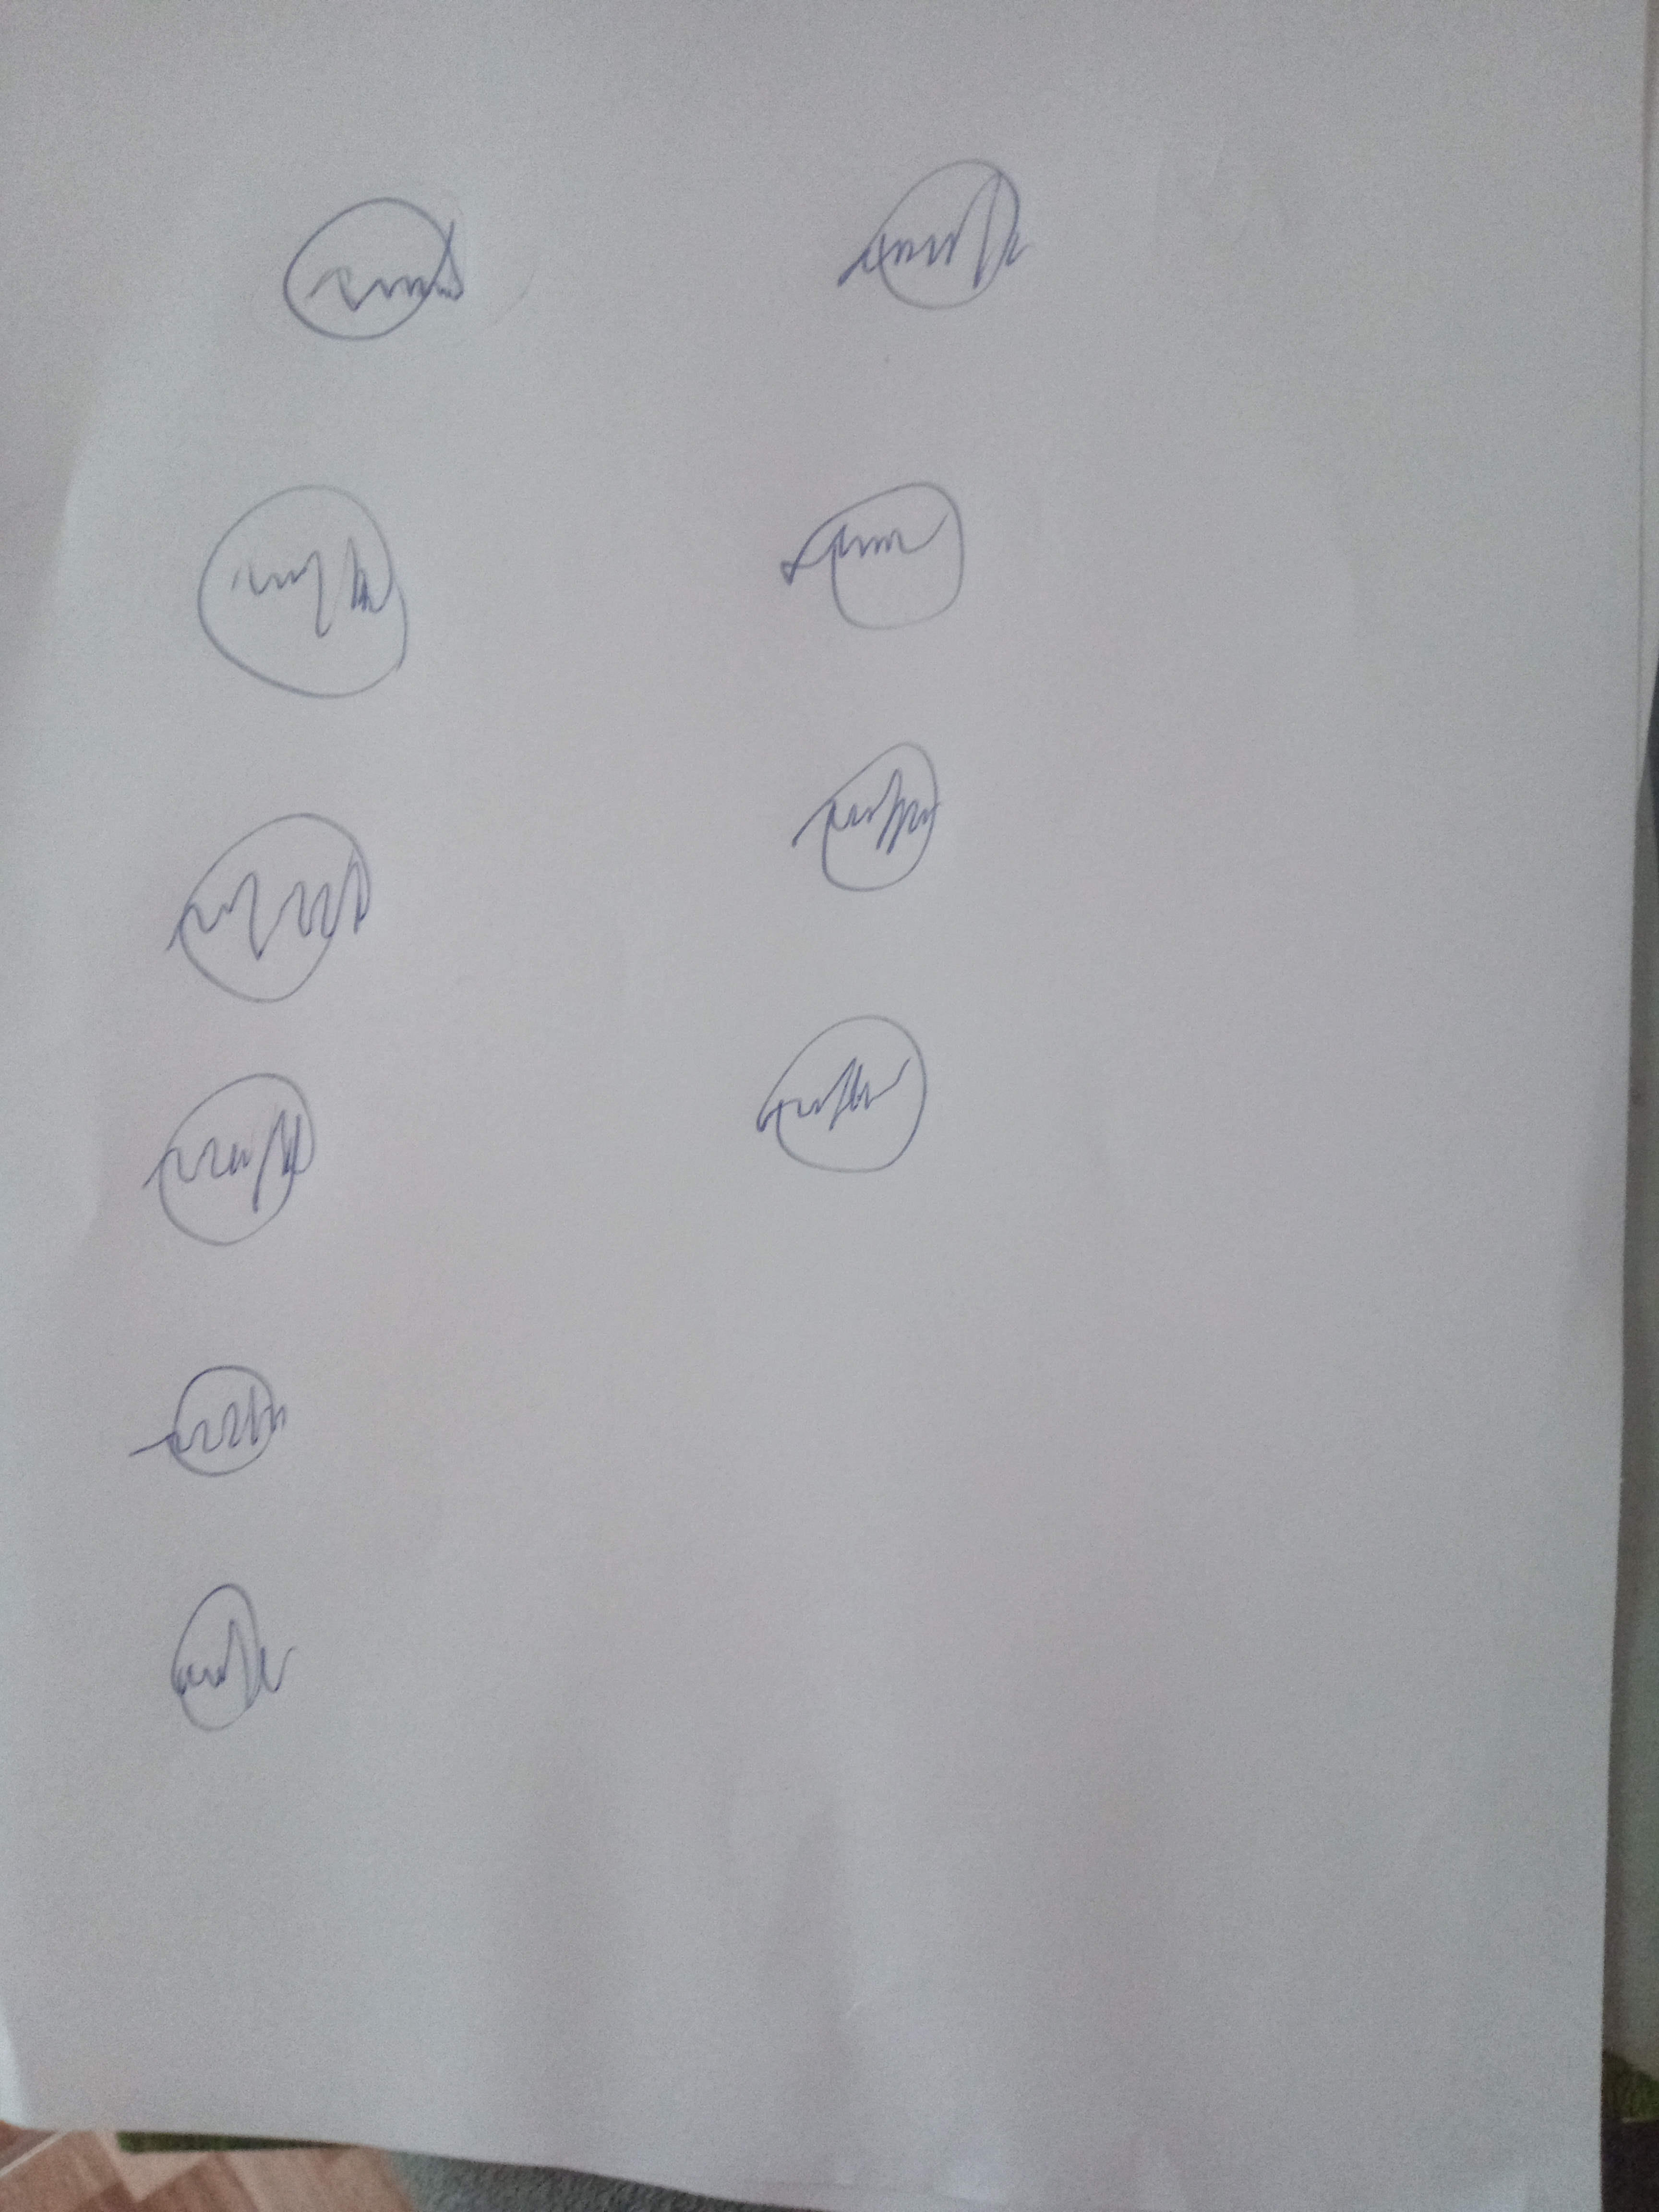
Signature authenticity: forged